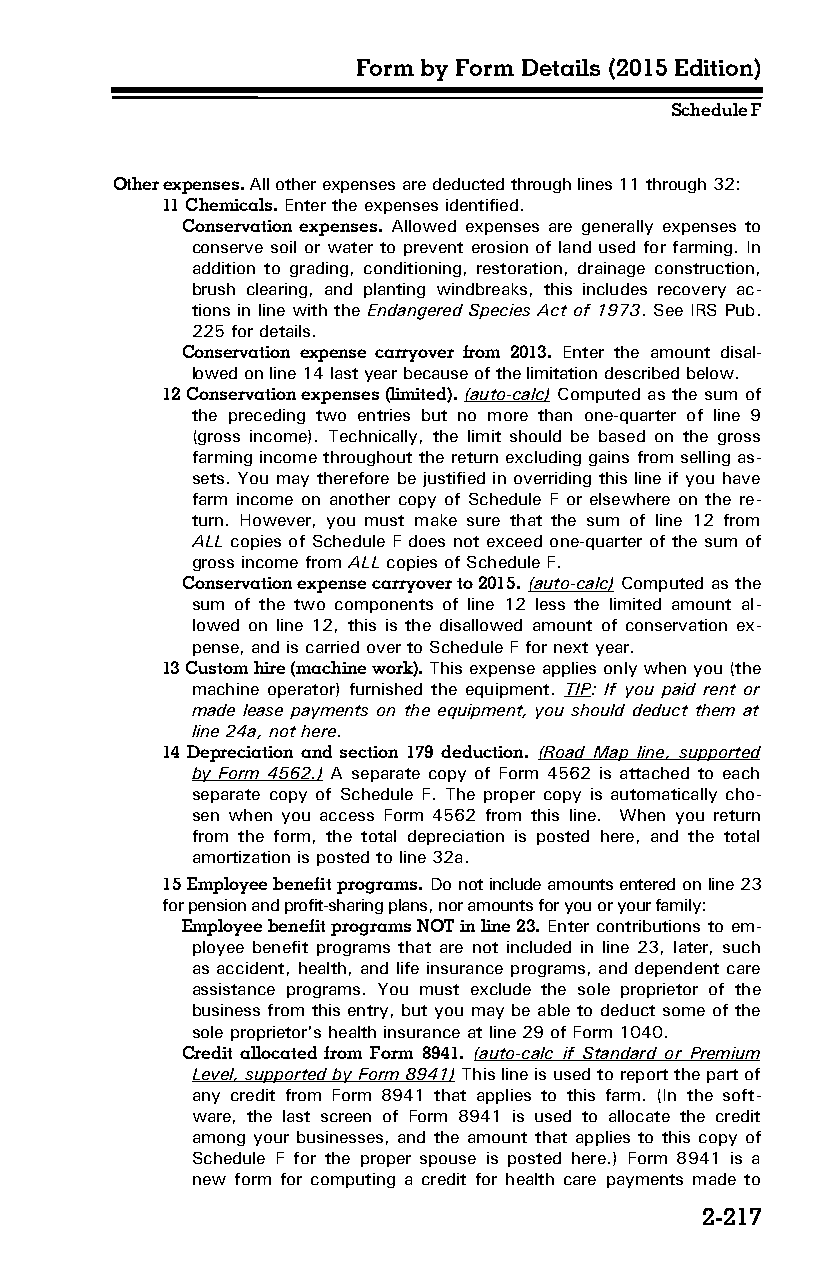
Form by Form Details (2015 Edition)
 Schedule F
 Other expenses. All other expenses are deducted through lines 11 through 32:
 11 Chemicals. Enter the expenses identified.
 Conservation expenses. Allowed expenses are generally expenses to
 conserve soil or water to prevent erosion of land used for farming. In
 addition to grading, conditioning, restoration, drainage construction,
 brush clearing, and planting windbreaks, this includes recovery ac­
 tions in line with the Endangered Species Act of 1973. See IRS Pub.
 225 for details.
 Conservation expense carryover from 2013. Enter the amount disal­
 lowed on line 14 last year because of the limitation described below.
 12 Conservation expenses (limited). (auto-calc) Computed as the sum of
 the preceding two entries but no more than one-quarter of line 9
 (gross income). Technically, the limit should be based on the gross
 farming income throughout the return excluding gains from selling as­
 sets. You may therefore be justified in overriding this line if you have
 farm income on another copy of Schedule F or elsewhere on the re­
 turn. However, you must make sure that the sum of line 12 from
 ALL copies of Schedule F does not exceed one-quarter of the sum of
 gross income from ALL copies of Schedule F.
 Conservation expense carryover to 2015. (auto-calc) Computed as the
 sum of the two components of line 12 less the limited amount al­
 lowed on line 12, this is the disallowed amount of conservation ex­
 pense, and is carried over to Schedule F for next year.
 13 Custom hire (machine work). This expense applies only when you (the
 machine operator) furnished the equipment. TIP: If you paid rent or
 made lease payments on the equipment, you should deduct them at
 line 24a, not here.
 14 Depreciation and section 179 deduction. (Road Map line, supported
 by Form 4562.) A separate copy of Form 4562 is attached to each
 separate copy of Schedule F. The proper copy is automatically cho­
 sen when you access Form 4562 from this line. When you return
 from the form, the total depreciation is posted here, and the total
 amortization is posted to line 32a.
 15 Employee benefit programs. Do not include amounts entered on line 23
 for pension and profit-sharing plans, nor amounts for you or your family:
 Employee benefit programs NOT in line 23. Enter contributions to em­
 ployee benefit programs that are not included in line 23, later, such
 as accident, health, and life insurance programs, and dependent care
 assistance programs. You must exclude the sole proprietor of the
 business from this entry, but you may be able to deduct some of the
 sole proprietor's health insurance at line 29 of Form 1040.
 Credit allocated from Form 8941. (auto-calc if Standard or Premium
 Level, supported by Form 8941) This line is used to report the part of
 any credit from Form 8941 that applies to this farm. (In the soft­
 ware, the last screen of Form 8941 is used to allocate the credit
 among your businesses, and the amount that applies to this copy of
 Schedule F for the proper spouse is posted here.) Form 8941 is a
 new form for computing a credit for health care payments made to
 2-217